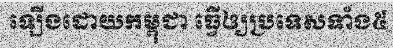
ឡើងដោយកម្ពុជា ធ្វើឲ្យប្រទេសទាំង៥